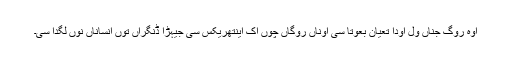
اوہ روگ جناں ول اودا تعیان بعوتا سی اوناں روگاں چوں اک اینتھریکس سی جیہڑا ڈنگراں توں انساناں نوں لگدا سی۔